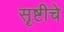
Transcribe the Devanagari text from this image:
सॄष्टीचे